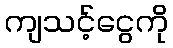
ကျသင့်ငွေကို